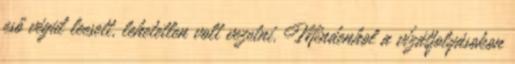
eső végül leesett, lehetetlen volt vezetni. Mindenhol a vízátfolyásokon